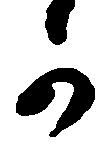
可